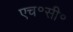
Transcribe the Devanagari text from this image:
एच॰सी॰